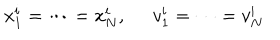
LaTeX: x _ { 1 } ^ { i } = \cdots = x _ { N } ^ { i } , \; \; v _ { 1 } ^ { i } = \cdots = v _ { N } ^ { i }